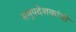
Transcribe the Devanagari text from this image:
समुपदेशकांची